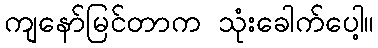
ကျနော်မြင်တာက သုံးခေါက်ပေါ့။